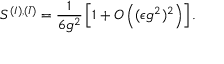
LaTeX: S ^ { ( I ) , ( \bar { I } ) } = \frac { 1 } { 6 g ^ { 2 } } \left[ 1 + O \left( ( \epsilon g ^ { 2 } ) ^ { 2 } \right) \right] .